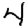
Digit: 4